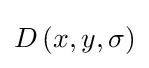
D\left(x,y,\sigma \right)